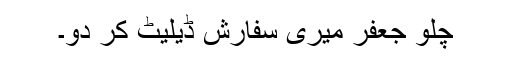
چلو جعفر میری سفارش ڈیلیٹ کر دو۔